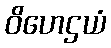
ဝိဟေဌယံ